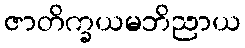
ဇာတိက္ခယမဘိညာယ